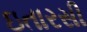
ઇતારસી